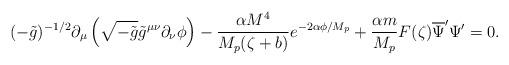
LaTeX: \begin{align*}(-\tilde{g})^{-1/2}\partial_{\mu}\left(\sqrt{-\tilde{g}}\tilde{g}^{\mu\nu}\partial_{\nu}\phi \right)-\frac{\alpha M^{4}}{M_{p}(\zeta +b)}e^{-2\alpha\phi/M_{p}}+\frac{\alpha m}{M_{p}}F(\zeta)\overline{\Psi}^{\prime}\Psi^{\prime}=0.\end{align*}